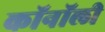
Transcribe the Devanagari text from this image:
कॉनॉली